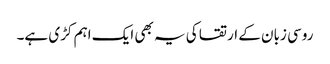
روسی زبان کے ارتقا کی یہ بھی ایک اہم کڑی ہے۔